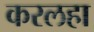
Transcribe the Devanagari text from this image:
करलहा